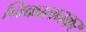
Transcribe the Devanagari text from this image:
निकालनकर